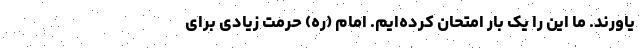
یاورند. ما این را یک بار امتحان کرده‌ایم. امام (ره) حرمت زیادی برای